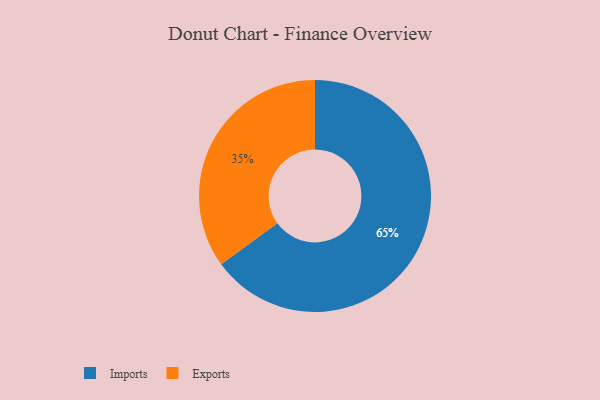
{"axis": {"x": "Category", "y": "Percentage"}, "legend": ["Exports", "Imports"], "data": [{"x": "Exports", "y": 35, "type": "Exports"}, {"x": "Imports", "y": 65, "type": "Imports"}]}